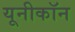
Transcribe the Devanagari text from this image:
यूनीकॉन